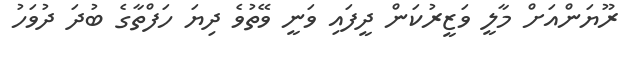
ރޫޔަންއަށް މާލީ ވަޒީރުކަން ދީފައި ވަނީ ވޭތުވެ ދިޔަ ހަފްތާގެ ބުދަ ދުވަހު